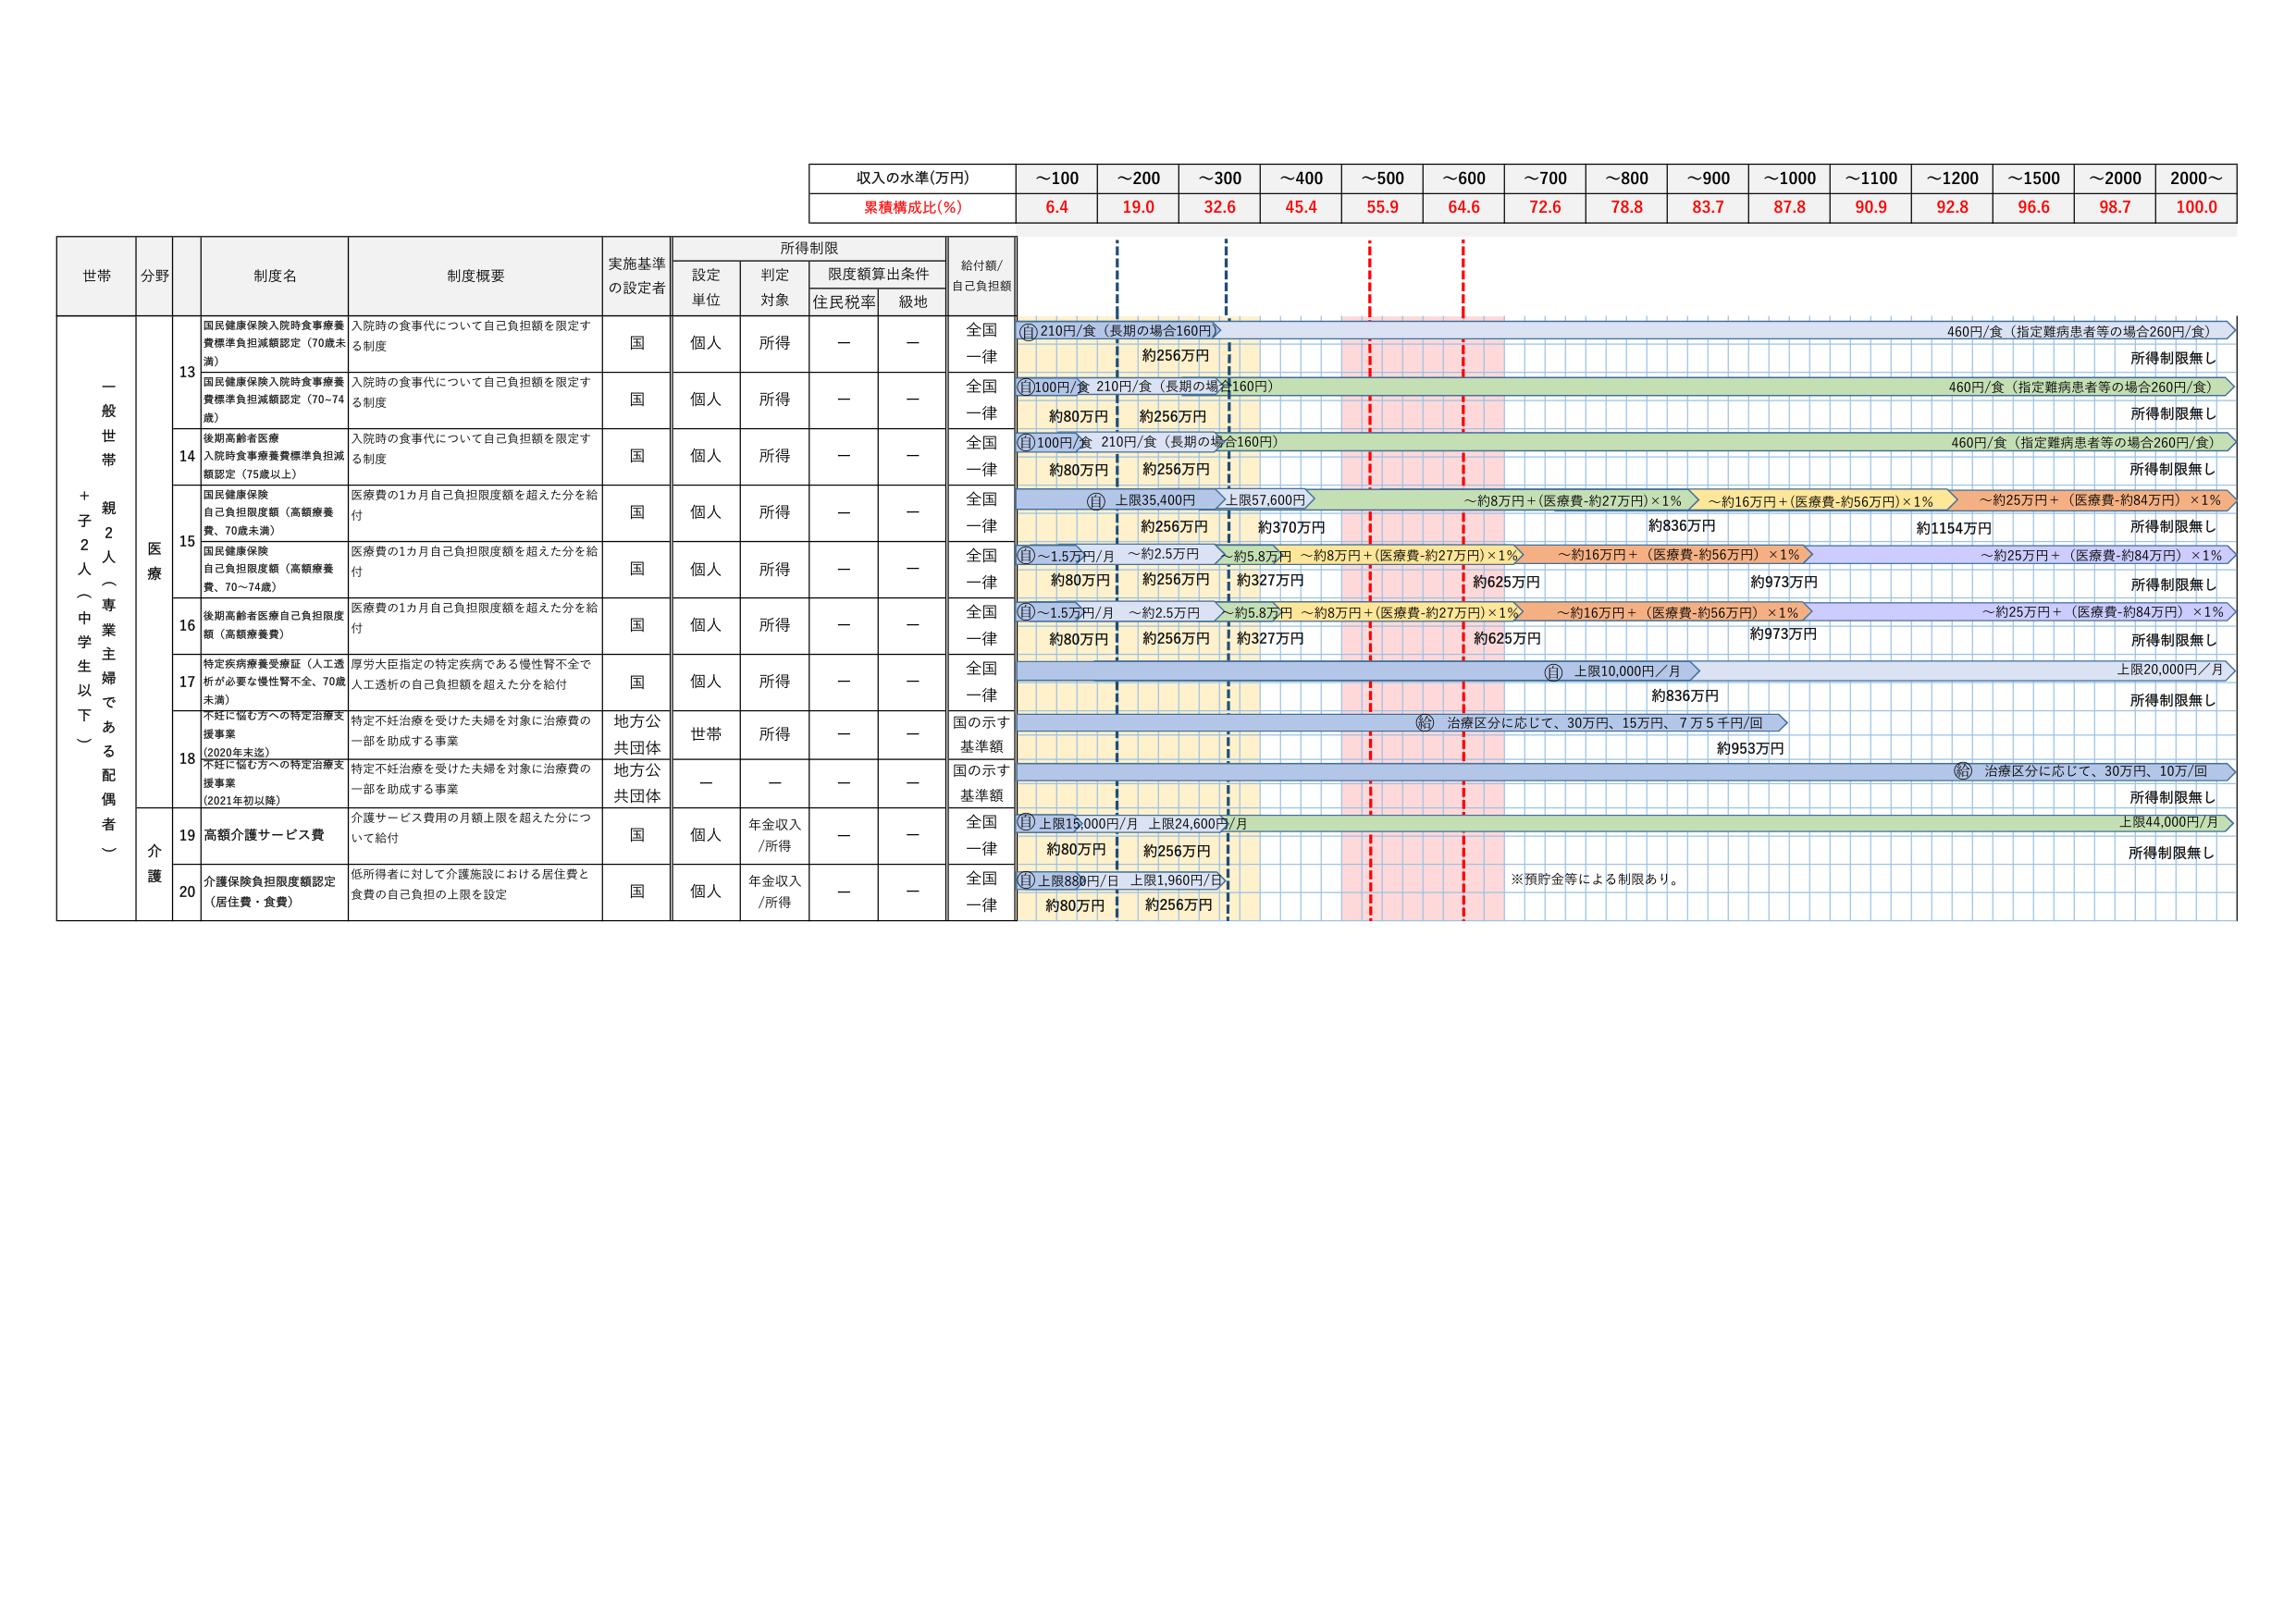
収入の水準(万円)
～100 ～200 ～300 ～400 ～500 ～600 ～700 ～800 ～900 ～1000 ～1100 ～1200 ～1500 ～2000 2000～
累積構成比(%)
6.4 19.0 32.6 45.4 55.9 64.6 72.6 78.8 83.7 87.8 90.9 92.8 96.6 98.7 100.0

世帯 分野 制度名 制度概要 実施基準 の設定者 所得制限 給付額/ 自己負担額
設定 単位 判定 対象 限度額算出条件 住民税率 級地

一般世帯 + 子2人（中学生以下） 親2人（専業主婦である配偶者）
医療
13 国民健康保険入院時食事療養費標準負担減額認定（70歳未満） 入院時の食事代について自己負担額を限定する制度 国 個人 所得 － － 全国一律 ① 210円/食（長期の場合160円） 460円/食（指定難病患者等の場合260円/食） 約256万円 所得制限無し
13 国民健康保険入院時食事療養費標準負担減額認定（70～74歳） 入院時の食事代について自己負担額を限定する制度 国 個人 所得 － － 全国一律 ① 100円/食 210円/食（長期の場合160円） 460円/食（指定難病患者等の場合260円/食） 約80万円 約256万円 所得制限無し
14 後期高齢者医療 入院時食事療養費標準負担減額認定（75歳以上） 入院時の食事代について自己負担額を限定する制度 国 個人 所得 － － 全国一律 ① 100円/食 210円/食（長期の場合160円） 460円/食（指定難病患者等の場合260円/食） 約80万円 約256万円 所得制限無し
15 国民健康保険 自己負担限度額（高額療養費、70歳未満） 医療費の1カ月自己負担限度額を超えた分を給付 国 個人 所得 － － 全国一律 ① 上限35,400円 上限57,600円 ～約8万円＋(医療費-約27万円)×1% ～約16万円＋(医療費-約56万円)×1% ～約25万円＋(医療費-約84万円)×1% 約256万円 約370万円 約836万円 約1154万円 所得制限無し
15 国民健康保険 自己負担限度額（高額療養費、70～74歳） 医療費の1カ月自己負担限度額を超えた分を給付 国 個人 所得 － － 全国一律 ① ～1.5万円/月 ～約2.5万円 ～約5.8万円 ～約8万円＋(医療費-約27万円)×1% ～約16万円＋(医療費-約56万円)×1% ～約25万円＋(医療費-約84万円)×1% 約80万円 約256万円 約327万円 約625万円 約973万円 所得制限無し
16 後期高齢者医療自己負担限度額（高額療養費） 医療費の1カ月自己負担限度額を超えた分を給付 国 個人 所得 － － 全国一律 ① ～1.5万円/月 ～約2.5万円 ～約5.8万円 ～約8万円＋(医療費-約27万円)×1% ～約16万円＋(医療費-約56万円)×1% ～約25万円＋(医療費-約84万円)×1% 約80万円 約256万円 約327万円 約625万円 約973万円 所得制限無し
17 特定疾病療養受療証（人工透析が必要な慢性腎不全、70歳未満） 厚労大臣指定の特定疾病である慢性腎不全で人工透析の自己負担額を超えた分を給付 国 個人 所得 － － 全国一律 ① 上限10,000円/月 上限20,000円/月 約836万円 所得制限無し
18 不妊に悩む方への特定治療支援事業（2020年末迄） 特定不妊治療を受けた夫婦を対象に治療費の一部を助成する事業 地方公共団体 世帯 所得 － － 国の示す基準額 ② 治療区分に応じて、30万円、15万円、7万5千円/回 約953万円
18 不妊に悩む方への特定治療支援事業（2021年初以降） 特定不妊治療を受けた夫婦を対象に治療費の一部を助成する事業 地方公共団体 － － － － 国の示す基準額 ② 治療区分に応じて、30万円、10万/回 所得制限無し
介護
19 高額介護サービス費 介護サービス費用の月額上限を超えた分について給付 国 個人 年金収入/所得 － － 全国一律 ① 上限16,000円/月 上限24,600円/月 上限44,000円/月 約80万円 約256万円 所得制限無し
20 介護保険負担限度額認定（居住費・食費） 低所得者に対して介護施設における居住費と食費の自己負担の上限を設定 国 個人 年金収入/所得 － － 全国一律 ① 上限880円/日 上限1,960円/日 ※預貯金等による制限あり。 約80万円 約256万円